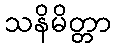
သနိမိတ္တာ